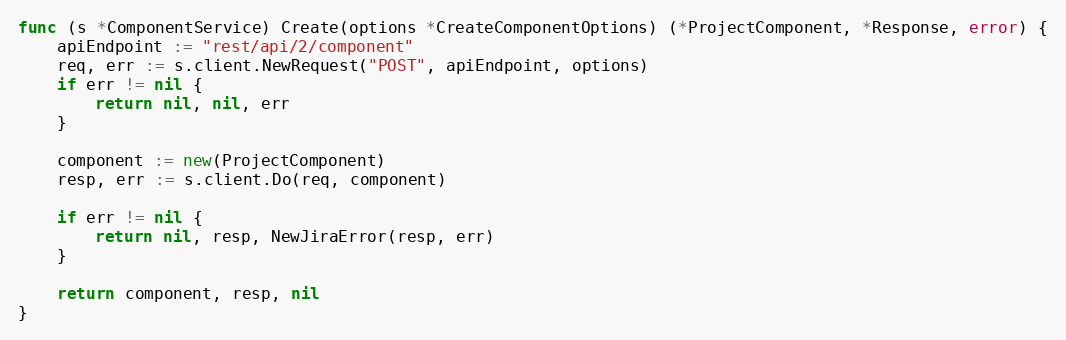
Language: Go
func (s *ComponentService) Create(options *CreateComponentOptions) (*ProjectComponent, *Response, error) {
	apiEndpoint := "rest/api/2/component"
	req, err := s.client.NewRequest("POST", apiEndpoint, options)
	if err != nil {
		return nil, nil, err
	}

	component := new(ProjectComponent)
	resp, err := s.client.Do(req, component)

	if err != nil {
		return nil, resp, NewJiraError(resp, err)
	}

	return component, resp, nil
}